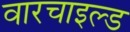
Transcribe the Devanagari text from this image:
वारचाइल्ड